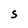
Character: S